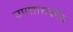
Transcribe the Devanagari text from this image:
उपशासकीय